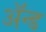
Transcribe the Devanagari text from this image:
ॲन्‍ड